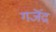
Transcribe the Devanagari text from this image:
गजॆंद्र